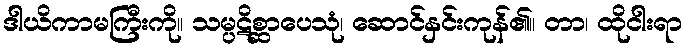
ဒါယိကာမကြီးကို။ သမ္ပဋိစ္ဆာပေသုံ၊ ဆောင်နှင်းကုန်၏။ တာ၊ ထိုငါးရာ